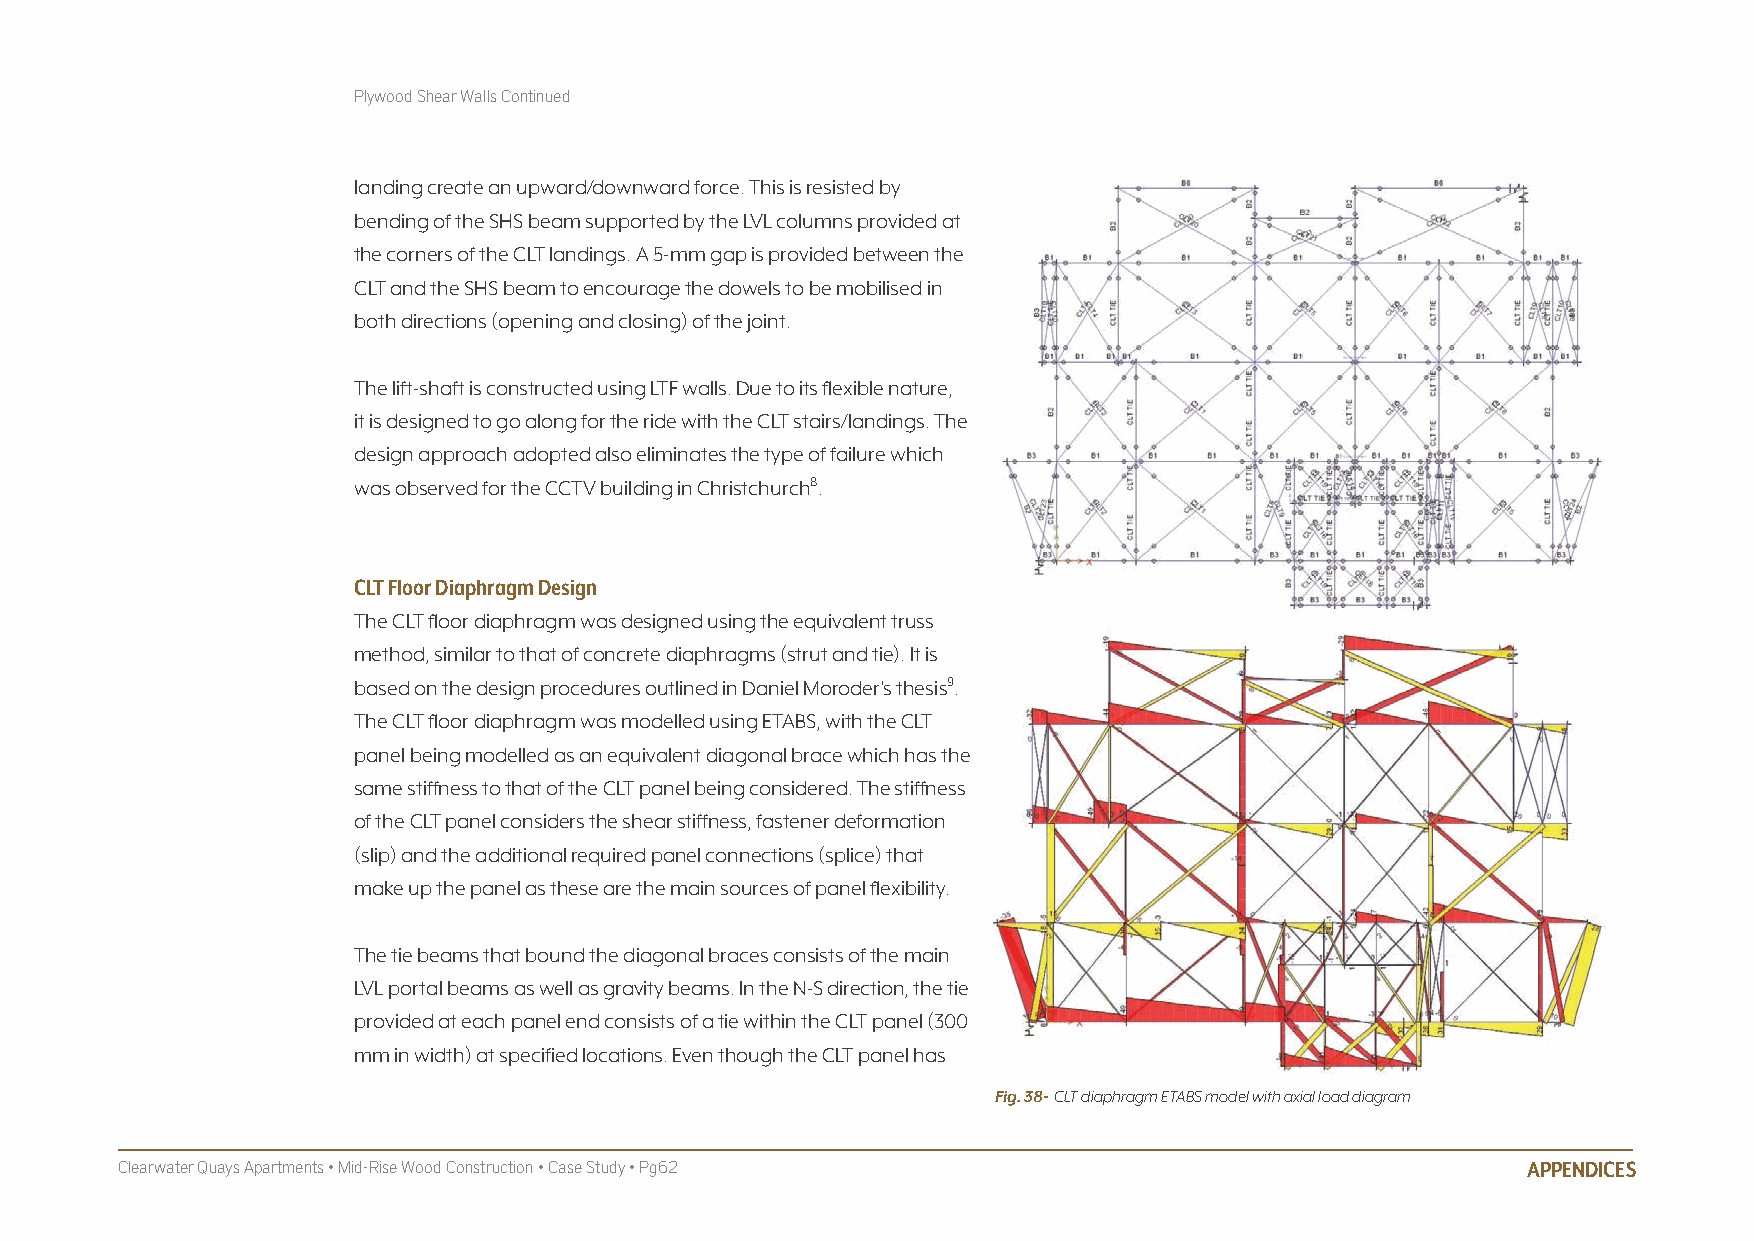
Plywood Shear Walls Continued
 landing create an upward/downward force. This is resisted by
 bending of the SHS beam supported by the LVL columns provided at
 the corners of the CLT landings. A 5-mm gap is provided between the
 CLT and the SHS beam to encourage the dowels to be mobilised in
 both directions (opening and closing) of the joint.
 The lift-shaft is constructed using LTF walls. Due to its flexible nature,
 it is designed to go along for the ride with the CLT stairs/landings. The
 design approach adopted also eliminates the type of failure which
 was observed for the CCTV building in Christchurch8.
 CLT floor Diaphragm Design
 The CLT floor diaphragm was designed using the equivalent truss
 method, similar to that of concrete diaphragms (strut and tie). It is
 based on the design procedures outlined in Daniel Moroder’s thesis9.
 The CLT floor diaphragm was modelled using ETABS, with the CLT
 panel being modelled as an equivalent diagonal brace which has the
 same stiffness to that of the CLT panel being considered. The stiffness
 of the CLT panel considers the shear stiffness, fastener deformation
 (slip) and the additional required panel connections (splice) that
 make up the panel as these are the main sources of panel flexibility.
 The tie beams that bound the diagonal braces consists of the main
 LVL portal beams as well as gravity beams. In the N-S direction, the tie
 provided at each panel end consists of a tie within the CLT panel (300
 mm in width) at specified locations. Even though the CLT panel has
 Fig. 38- CLT diaphragm ETABS model with axial load diagram
 Clearwater Quays Apartments • Mid-Rise Wood Construction • Case Study • Pg62                 APPENDICES